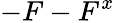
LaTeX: -F-F^{x}